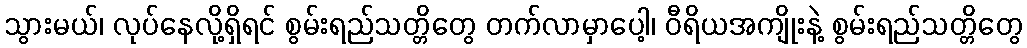
သွားမယ်၊ လုပ်နေလို့ရှိရင် စွမ်းရည်သတ္တိတွေ တက်လာမှာပေါ့၊ ဝီရိယအကျိုးနဲ့ စွမ်းရည်သတ္တိတွေ